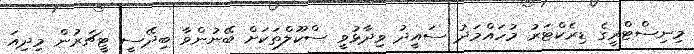
މިނިސްޓްރީގެ ޑިރެކްޓަރު މުހައްމަދު ސައީދު ވިދާޅުވީ ސްކޫލްތަކަށް ބޭނުންވާ ބިދޭސީ ޓީޗަރުން މިދިއަ